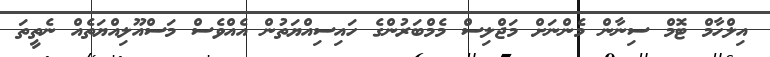
އިލްހާމް ޓޮމް ސިނާން މެންނަށް މަޖްލިސް މެމްބަރުންގެ ހައިސިއްޔަތުން އެއްވެސް މަސްއޫލިއްޔަތެއް ނެތީތަ